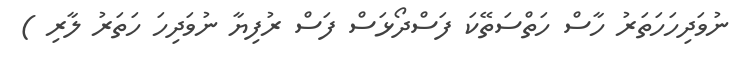
ނުވަދިހަހަތަރު ހާސް ހަތްސަތޭކަ ފަސްދޯޅަސް ފަސް ރުފިޔާ ނުވަދިހަ ހަތަރު ލާރި )